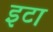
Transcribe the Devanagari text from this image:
इटा